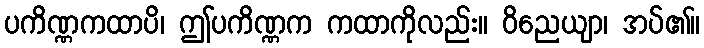
ပကိဏ္ဏကထာပိ၊ ဤပကိဏ္ဏက ကထာကိုလည်း။ ဝိညေယျာ၊ အပ်၏။